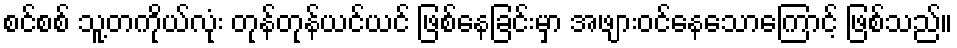
စင်စစ် သူ့တကိုယ်လုံး တုန်တုန်ယင်ယင် ဖြစ်နေခြင်းမှာ အဖျားဝင်နေသောကြောင့် ဖြစ်သည်။